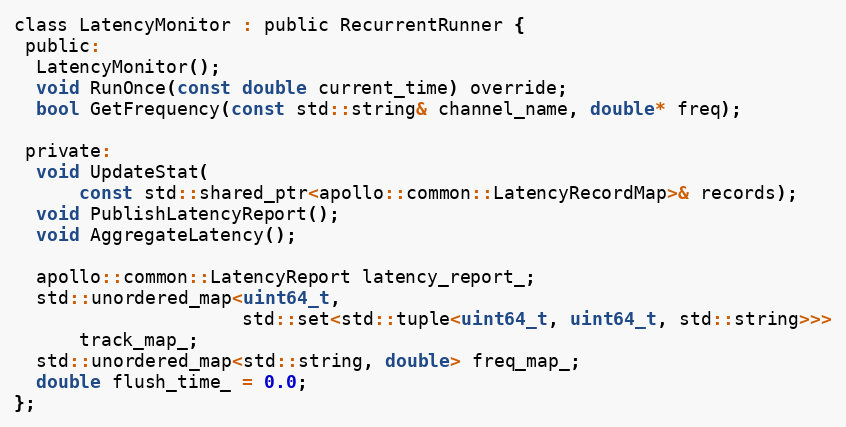
Language: C
class LatencyMonitor : public RecurrentRunner {
 public:
  LatencyMonitor();
  void RunOnce(const double current_time) override;
  bool GetFrequency(const std::string& channel_name, double* freq);

 private:
  void UpdateStat(
      const std::shared_ptr<apollo::common::LatencyRecordMap>& records);
  void PublishLatencyReport();
  void AggregateLatency();

  apollo::common::LatencyReport latency_report_;
  std::unordered_map<uint64_t,
                     std::set<std::tuple<uint64_t, uint64_t, std::string>>>
      track_map_;
  std::unordered_map<std::string, double> freq_map_;
  double flush_time_ = 0.0;
};